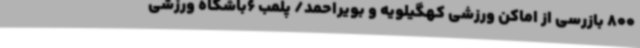
800 بازرسی از اماکن ورزشی کهگیلویه و بویراحمد/ پلمب 6باشگاه ورزشی